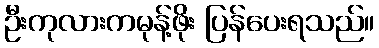
ဦးကုလားကမုန့်ဖိုး ပြန်ပေးရသည်။